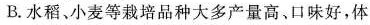
B.水稻、小麦等栽培品种大多产量高、口味好，体